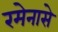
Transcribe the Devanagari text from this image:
रमेनासे